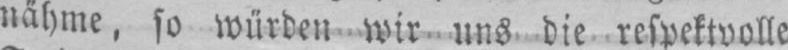
nähme, so würden wir uns die respektvolle